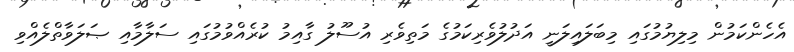
އެހެންކަމުން މިލިޔުމުގައި މިބަލައިލަނީ އަދުލުވެރިކަމުގެ މަތިވެރި އުސޫލު ގާއިމު ކުރެއްވުމުގައި ސަލާމާއި ޞަލަވާތްލެއްވި